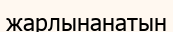
жарлынанатын